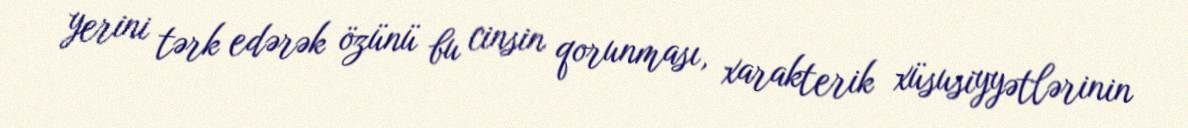
yerini tərk edərək özünü bu cinsin qorunması, xarakterik xüsusiyyətlərinin